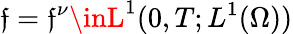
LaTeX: \mathfrak{f}=\mathfrak{f}^{\nu}\inL^{1}(0,T;L^{1}(\Omega))